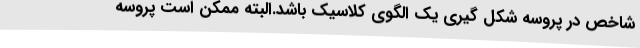
شاخص در پروسه شکل گیری یک الگوی کلاسیک باشد.البته ممکن است پروسه